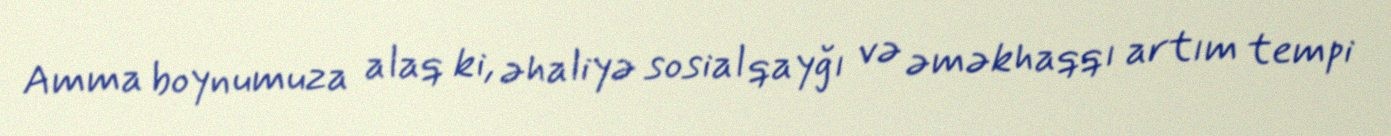
Amma boynumuza alaq ki, əhaliyə sosial qayğı və əməkhaqqı artım tempi